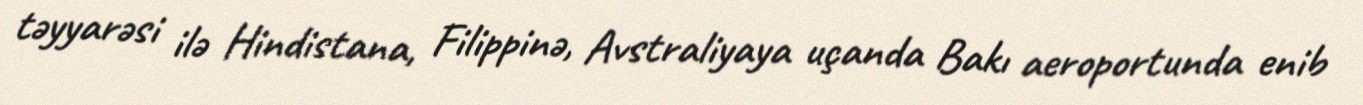
təyyarəsi ilə Hindistana, Filippinə, Avstraliyaya uçanda Bakı aeroportunda enib